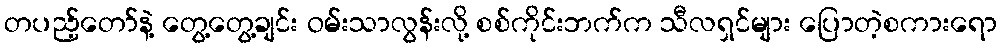
တပည့်တော်နဲ့ တွေ့တွေ့ချင်း ဝမ်းသာလွန်းလို့ စစ်ကိုင်းဘက်က သီလရှင်များ ပြောတဲ့စကားရော